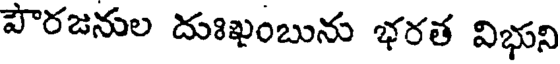
పౌరజనుల దుఃఖంబును భరత విభుని